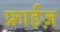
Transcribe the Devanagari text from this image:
फ्राईज़